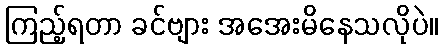
ကြည့်ရတာ ခင်ဗျား အအေးမိနေသလိုပဲ။